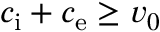
c _ { \mathrm { i } } + c _ { \mathrm { e } } \ge v _ { 0 }